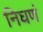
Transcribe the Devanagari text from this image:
निघणं